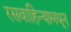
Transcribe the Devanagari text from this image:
रसवाहिन्यामधून